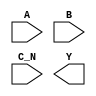
module sky130_fd_sc_ls__nor3b (
    //# {{data|Data Signals}}
    input  A  ,
    input  B  ,
    input  C_N,
    output Y
);

    // Voltage supply signals
    supply1 VPWR;
    supply0 VGND;
    supply1 VPB ;
    supply0 VNB ;

endmodule